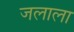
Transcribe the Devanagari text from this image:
जलाला